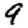
Digit: 9